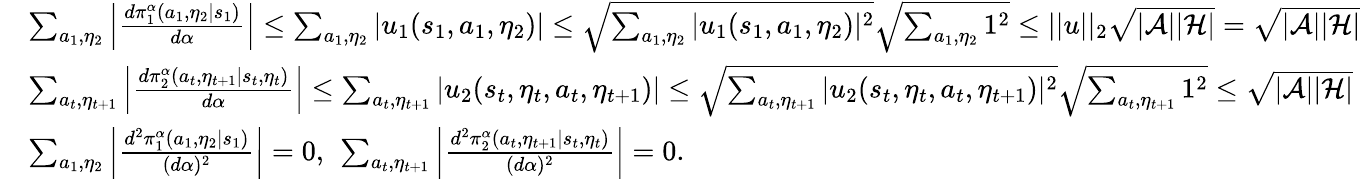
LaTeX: \begin{array}{rl}&{\sum_{a_{1},\eta_{2}}\left|\frac{d\pi_{1}^{\alpha}(a_{1},\eta_{2}|s_{1})}{d\alpha}\right|\le\sum_{a_{1},\eta_{2}}|u_{1}(s_{1},a_{1},\eta_{2})|\le\sqrt{\sum_{a_{1},\eta_{2}}|u_{1}(s_{1},a_{1},\eta_{2})|^{2}}\sqrt{\sum_{a_{1},\eta_{2}}1^{2}}\le||u||_{2}\sqrt{|\mathcal{A}||\mathcal{H}|}=\sqrt{|\mathcal{A}||\mathcal{H}|}}\\ &{\sum_{a_{t},\eta_{t+1}}\left|\frac{d\pi_{2}^{\alpha}(a_{t},\eta_{t+1}|s_{t},\eta_{t})}{d\alpha}\right|\le\sum_{a_{t},\eta_{t+1}}|u_{2}(s_{t},\eta_{t},a_{t},\eta_{t+1})|\le\sqrt{\sum_{a_{t},\eta_{t+1}}|u_{2}(s_{t},\eta_{t},a_{t},\eta_{t+1})|^{2}}\sqrt{\sum_{a_{t},\eta_{t+1}}1^{2}}\le\sqrt{|\mathcal{A}||\mathcal{H}|}}\\ &{\sum_{a_{1},\eta_{2}}\left|\frac{d^{2}\pi_{1}^{\alpha}(a_{1},\eta_{2}|s_{1})}{(d\alpha)^{2}}\right|=0,\ \sum_{a_{t},\eta_{t+1}}\left|\frac{d^{2}\pi_{2}^{\alpha}(a_{t},\eta_{t+1}|s_{t},\eta_{t})}{(d\alpha)^{2}}\right|=0.}\end{array}